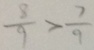
\frac { 8 } { 9 } > \frac { 7 } { 9 }